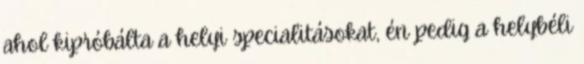
ahol kipróbálta a helyi specialitásokat, én pedig a helybéli